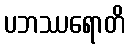
ပဘဿရောတိ